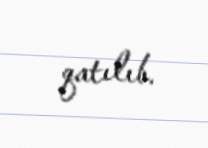
qatılıb.